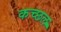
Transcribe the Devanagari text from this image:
कच्छल